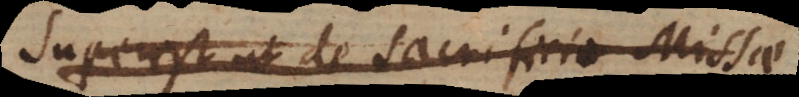
Superest ut de sacrificio Missae